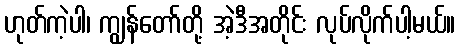
ဟုတ်ကဲ့ပါ၊ ကျွန်တော်တို့ အဲ့ဒီအတိုင်း လုပ်လိုက်ပါ့မယ်။